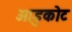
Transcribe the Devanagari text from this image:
आडुकोट